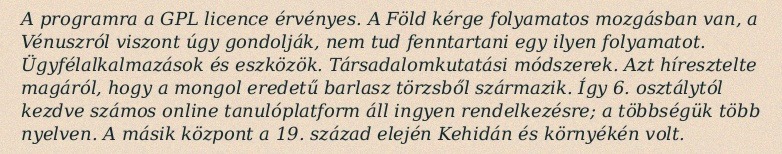
A programra a GPL licence érvényes. A Föld kérge folyamatos mozgásban van, a Vénuszról viszont úgy gondolják, nem tud fenntartani egy ilyen folyamatot. Ügyfélalkalmazások és eszközök. Társadalomkutatási módszerek. Azt híresztelte magáról, hogy a mongol eredetű barlasz törzsből származik. Így 6. osztálytól kezdve számos online tanulóplatform áll ingyen rendelkezésre; a többségük több nyelven. A másik központ a 19. század elején Kehidán és környékén volt.